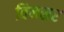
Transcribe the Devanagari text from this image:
विनसर